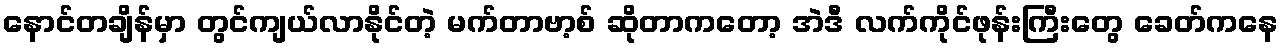
နောင်တချိန်မှာ တွင်ကျယ်လာနိုင်တဲ့ မက်တာဗာ့စ် ဆိုတာကတော့ အဲဒီ လက်ကိုင်ဖုန်းကြီးတွေ ခေတ်ကနေ